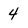
Character: 4